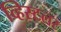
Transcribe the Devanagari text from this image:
व्हिस्टलर